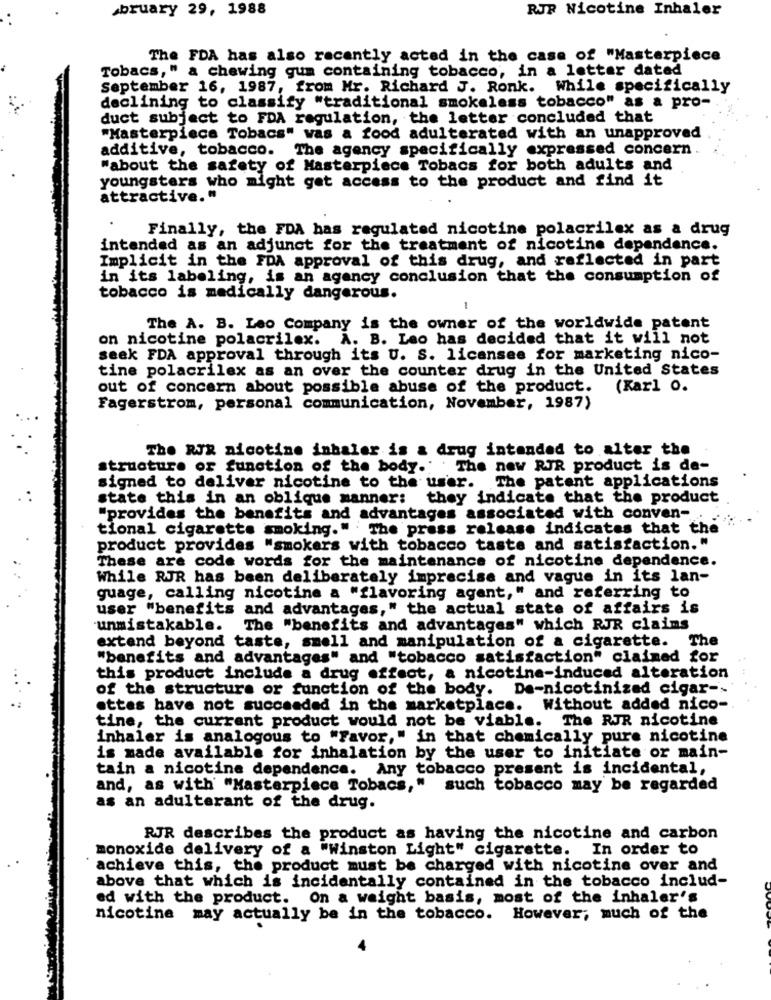
bruary 29, 1988
RJR Nicotine Inhaler
The FDA has also recently acted in the case of "Masterpiece
Tobacs," a chewing gum containing tobacco, in a letter dated
September 16, 1987, from Mr. Richard J. Ronk.
While specifically
declining to classify "traditional smokeless tobacco" as a pro-
duct subject to FDA regulation, the letter concluded that
"Masterpiece Tobacs" was a food adulterated with an unapproved
additive, tobacco. The agency specifically expressed concern
"about the safety of Masterpiece Tobacs for both adults and
youngsters who might get access to the product and find it
attractive."
Finally, the FDA has regulated nicotine polacrilex as a drug
intended as an adjunct for the treatment of nicotine dependence.
Implicit in the FDA approval of this drug, and reflected in part
in its labeling, is an agency conclusion that the consumption of
tobacco is medically dangerous.
The A. B. Leo Company is the owner of the worldwide patent
on nicotine polacrilex. A. B. Leo has decided that it will not
seek FDA approval through its U. S. licansee for marketing nico-
tine polacrilex as an over the counter drug in the United States
out of concern about possible abuse of the product. (Karl O.
Fagerstrom, personal communication, November, 1987)
The RJR nicotine inhaler is & drug intended to alter the
structure of function of the body. The new RJR product is de-
signed to deliver nicotine to the user. The patent applications
state this in an oblique manner: they indicate that the product
"provides the benefits and advantages associated with conven-
tional cigarette smoking." The press release indicates that the
product provides "smokers with tobacco taste and satisfaction."
These are code words for the maintenance of nicotine dependence.
While RJR has been deliberately imprecise and vague in its lan-
guage, calling nicotine a "flavoring agent," and referring to
user "benefits and advantages," the actual state of affairs is
unmistakable.
The "benefits and advantages" which RJR claims
extend beyond taste, smell and manipulation of a cigarette.
The
"benefits and advantages" and "tobacco satisfaction" claimed for
this product include a drug effect, a nicotine-induced alteration
of the structure or function of the body. De-nicotinized cigar --
ettas have not succeeded in the marketplace.
Without added nico-
tine, the current product would not be viable. The RJR nicotine
inhaler is analogous to "Favor," in that chemically pure nicotine
is made available for inhalation by the user to initiate or main-
tain a nicotine dependence. Any tobacco present is incidental,
and, as with "Masterpiece Tobacs," such tobacco may be regarded
as an adulterant of the drug.
RJR describes the product as having the nicotine and carbon
monoxide delivery of a "Winston Light" cigarette.
In order to
achieve this, the product must be charged with nicotine over and
above that which is incidentally contained in the tobacco includ-
ed with the product. On a weight basis, most of the inhaler's
nicotine may actually be in the tobacco. However, much of the